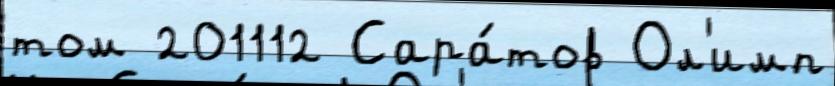
том 201112 Сара́тов Ол'имп